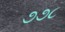
૭૭૮